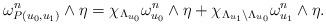
LaTeX: \begin{align*}\omega^n_{P(u_0, u_1)}\wedge \eta=\chi_{\Lambda_{u_0}} \omega^n_{u_0}\wedge \eta+\chi_{\Lambda_{u_1}\backslash \Lambda_{u_0}} \omega^n_{u_1}\wedge \eta. \end{align*}